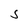
Character: S